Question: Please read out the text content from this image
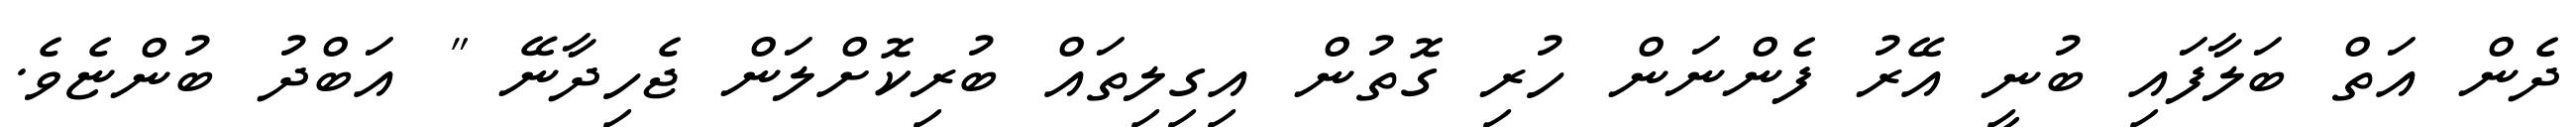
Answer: ދެން އަތް ބަލާފައި ބުނީ އޭރު ފެންނަން ހުރި ގޮތުން އިގިލިތައް ބުރިކޮށްލަން ޖެހިދާނޭ " އަބްދު ބުންޏެވެ.